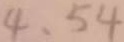
4 、 5 4